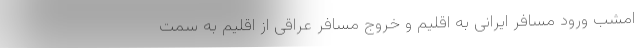
امشب ورود مسافر ایرانی به اقلیم و خروج مسافر عراقی از اقلیم به سمت